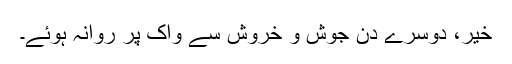
خیر، دوسرے دن جوش و خروش سے واک پر روانہ ہوئے۔